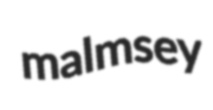
malmsey